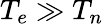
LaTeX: T_{e}\gg T_{n}